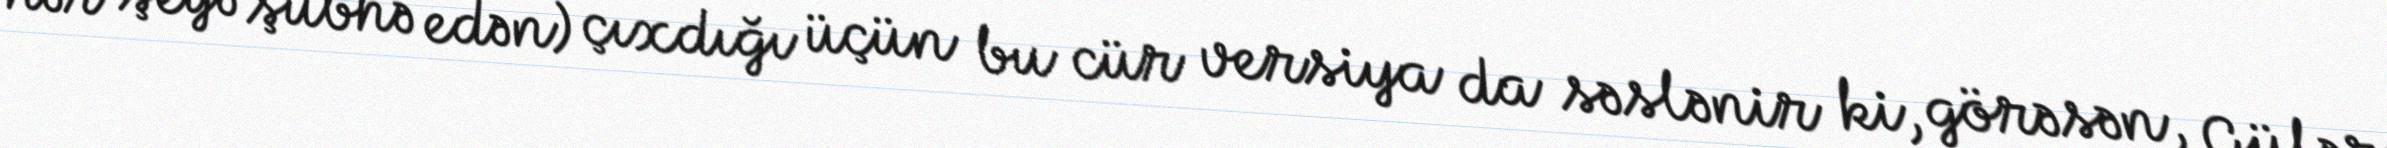
hər şeyə şübhə edən) çıxdığı üçün bu cür versiya da səslənir ki, görəsən, Gülər